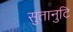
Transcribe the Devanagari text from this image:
सुतानुटि